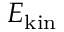
E _ { \mathrm { k i n } }